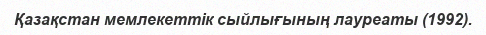
Қазақстан мемлекеттік сыйлығының лауреаты (1992).